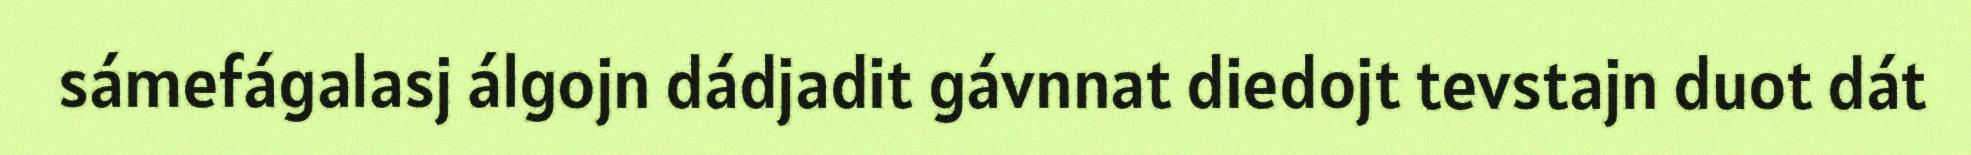
sámefágalasj álgojn dádjadit gávnnat diedojt tevstajn duot dát